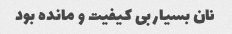
نان بسیار بی کیفیت و مانده بود